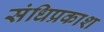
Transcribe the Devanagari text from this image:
संधिप्रकाश